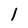
Character: 1